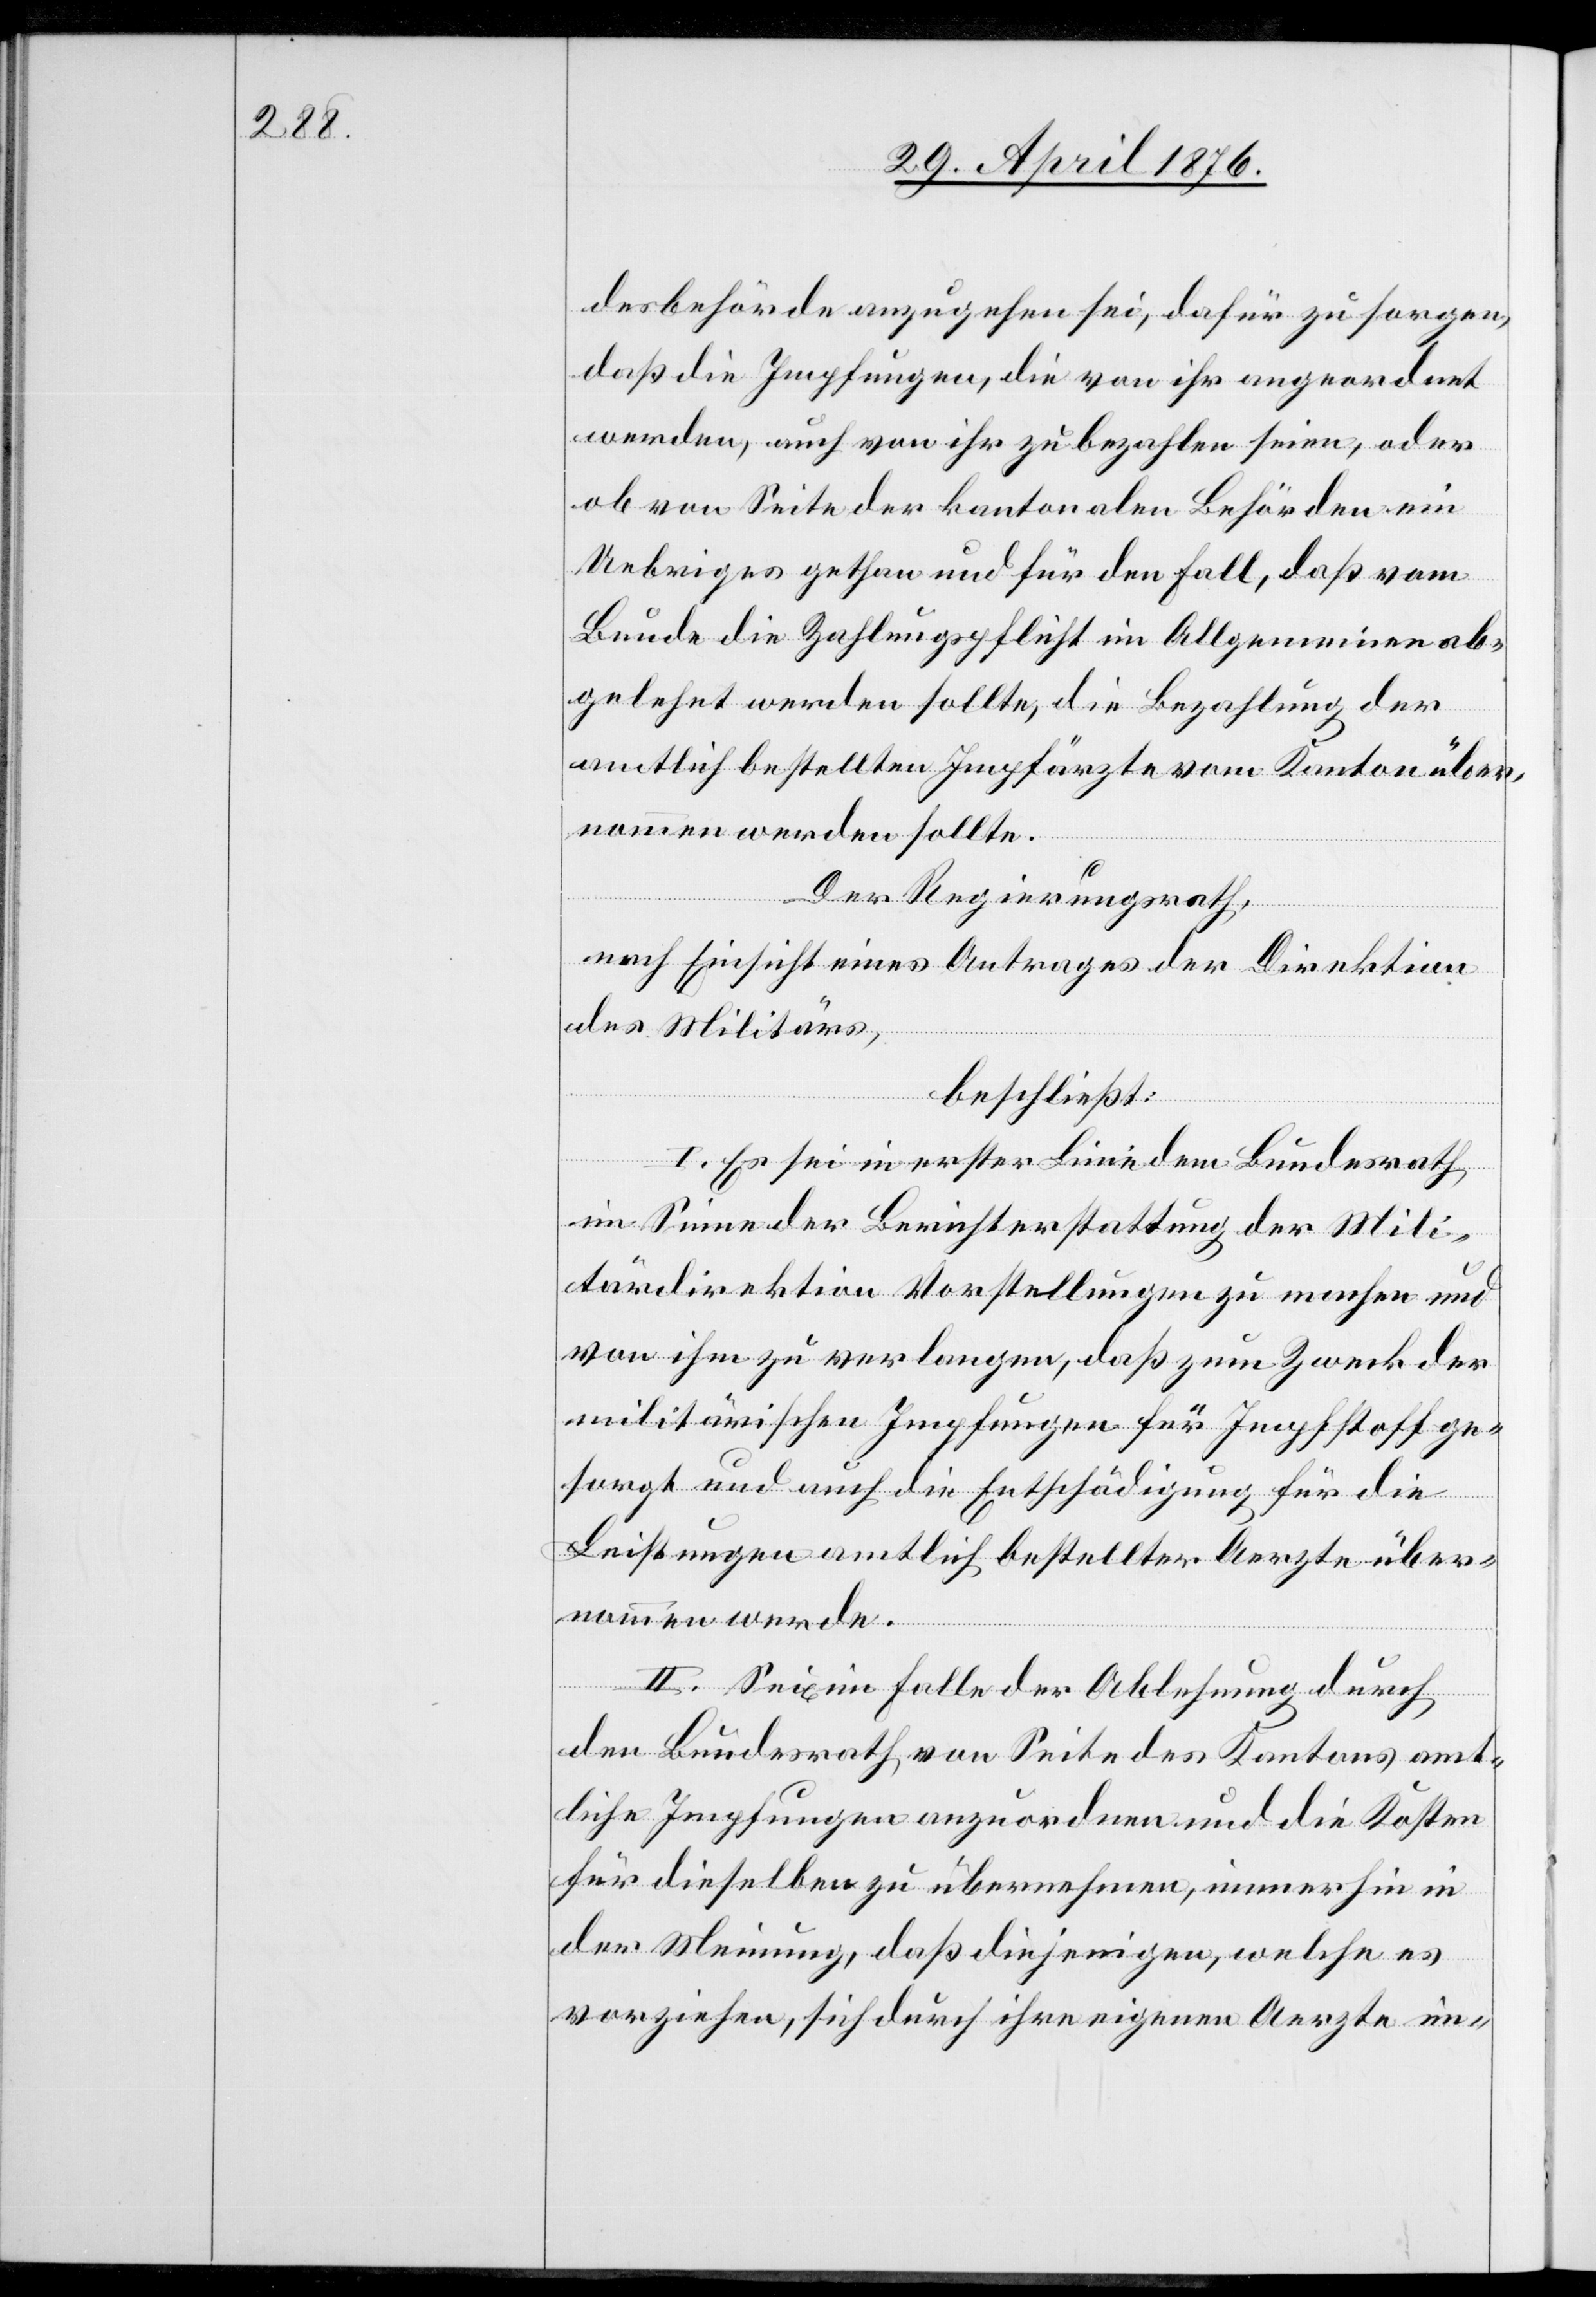
desbehörde anzugehen sei, dafür zu sorgen,
das die Impfungen, die von ihr angeordnet
werden, auch von ihr zu bezahlen seien, oder
ob von Seite der kantonalen Behörden ein
Uebriges gethan und für den Fall, daß vom
Bunde die Zahlungspflicht im Allgemeinen ab¬
gelehnt werden sollte, die Bezahlung der
amtlich bestellten Impfärzte vom Kanton über¬
nommen werden sollte.
Der Regierungsrath,
nach Einsicht eines Antrages der Direktion
des Militärs,
beschließt:
I. Es sei in erster Linie dem Bundesrath
im Sinne der Berichterstattung der Mili¬
tärdirektion Vorstellungen zu machen und
von ihm zu verlangen, daß zum Zweck der
militärischen Impfungen für Impfstoff ge¬
sorgt und auch die Entschädigung für die
Leistungen amtlich bestellter Aerzte über¬
nommen werde.
II. Seien im Falle der Ablehnung durch
den Bundesrath von Seite des Kantons amt¬
liche Impfungen anzuordnen und die Kosten
für dieselben zu übernehmen, immerhin in
der Meinung, daß diejenigen, welche es
vorziehen, sich durch ihre eigenen Aerzte im-